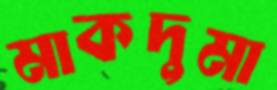
মাকদুমা